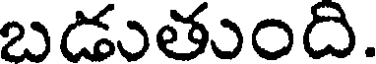
బడుతుంది.